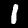
Digit: 1